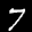
Label: 7